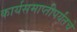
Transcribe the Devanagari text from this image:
कार्यसमाप्तीपर्यंतचे